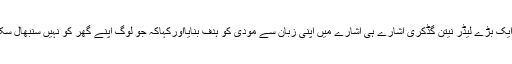
ابھی زیادہ دن نہیں ہوئے کہ انہی کی پارٹی کے ایک بڑے لیڈر نیتن گڈکری اشارے ہی اشارے میں اپنی زبان سے مودی کو ہدف بنایااورکہاکہ جو لوگ اپنے گھر کو نہیں سنبھال سکتے ،وہ اتنے بڑے ملک کو کیسے سنبھالیں گے؟